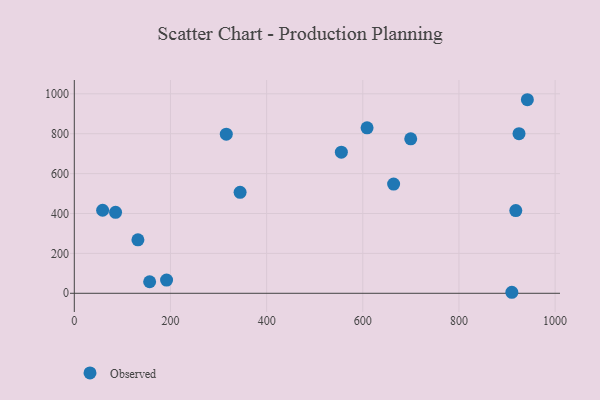
{"axis": {"x": "Experience", "y": "Demand"}, "legend": ["Observed"], "data": [{"x": "344.8", "y": 506.0, "type": "Observed"}, {"x": "316.1", "y": 797.8, "type": "Observed"}, {"x": "942.3", "y": 970.4, "type": "Observed"}, {"x": "85.8", "y": 405.9, "type": "Observed"}, {"x": "132.3", "y": 268.2, "type": "Observed"}, {"x": "156.7", "y": 57.9, "type": "Observed"}, {"x": "58.9", "y": 416.3, "type": "Observed"}, {"x": "555.4", "y": 707.7, "type": "Observed"}, {"x": "924.9", "y": 800.4, "type": "Observed"}, {"x": "918.2", "y": 414.7, "type": "Observed"}, {"x": "699.7", "y": 774.5, "type": "Observed"}, {"x": "664.1", "y": 547.4, "type": "Observed"}, {"x": "910.0", "y": 5.1, "type": "Observed"}, {"x": "191.9", "y": 66.4, "type": "Observed"}, {"x": "608.9", "y": 829.7, "type": "Observed"}]}